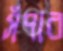
সঁপার